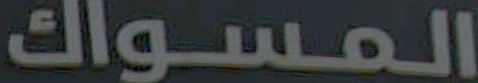
المسواك